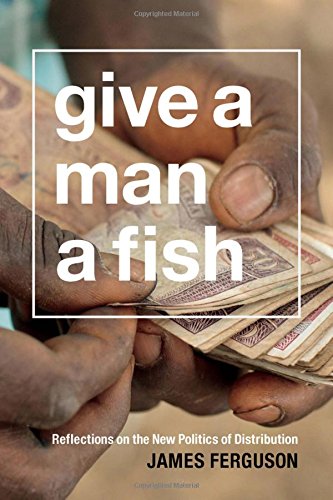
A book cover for Give a Man a Fish: Reflections on the New Politics of Distribution (The Lewis Henry Morgan Lectures); James Ferguson; History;